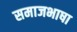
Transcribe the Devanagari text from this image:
समाजभाषा